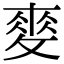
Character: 𢾶